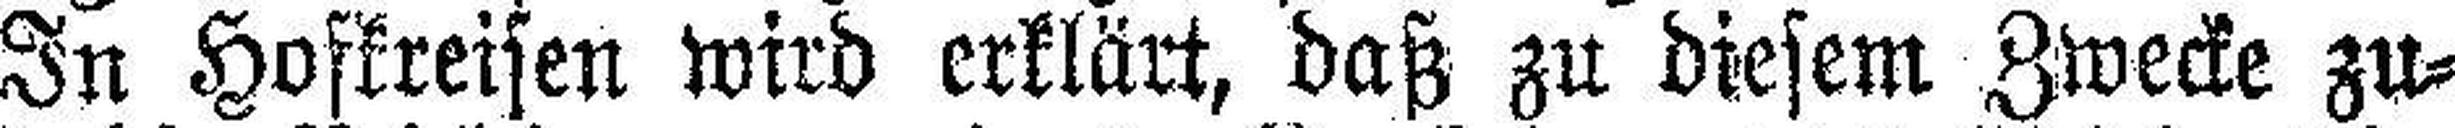
In Hofkreisen wird erklärt, daß zu diesem Zwecke zu¬